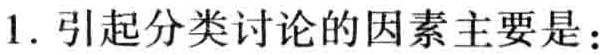
1. 引起分类讨论的因素主要是：